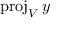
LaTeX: \operatorname { p r o j } _ { V } y